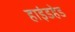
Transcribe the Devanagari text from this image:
हाइंडहेड